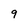
Character: 9